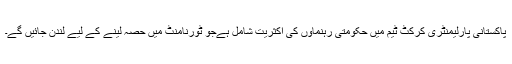
پاکستانی پارلیمنٹری کرکٹ ٹیم میں حکومتی رہنماوں کی اکثریت شامل ہےجو ٹورنامنٹ میں حصہ لینے کے لیے لندن جائیں گے۔